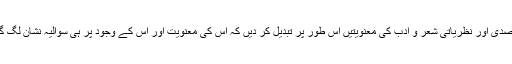
مقصدی اور نظریاتی شعر و ادب کی معنویتیں اس طور پر تبدیل کر دیں کہ اس کی معنویت اور اس کے وجود پر ہی سوالیہ نشان لگ گیا۔